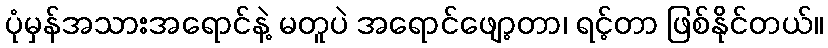
ပုံမှန်အသားအရောင်နဲ့ မတူပဲ အရောင်ဖျော့တာ၊ ရင့်တာ ဖြစ်နိုင်တယ်။